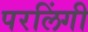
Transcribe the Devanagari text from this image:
परलिंगी